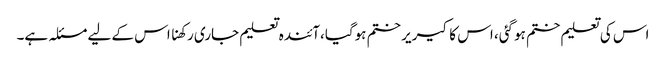
اس کی تعلیم ختم ہوگئی، اس کا کیریر ختم ہوگیا،آئندہ تعلیم جاری رکھنا اس کے لیے مسئلہ ہے۔